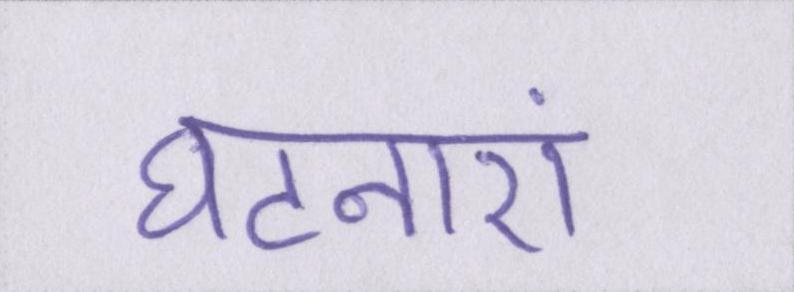
घटनाएं